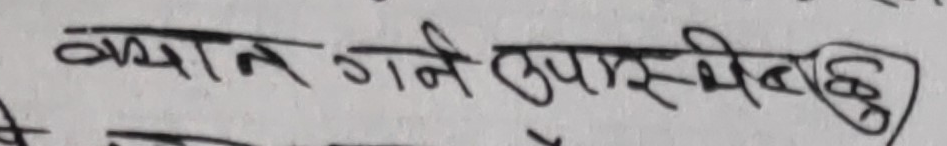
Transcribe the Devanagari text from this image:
क्याग गर्ने सुपारिभैन छु)